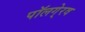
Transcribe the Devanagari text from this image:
पॉलगे्रव